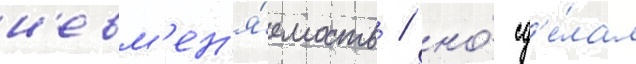
н'евм'ен'я́емость / но́ сд'е́лал